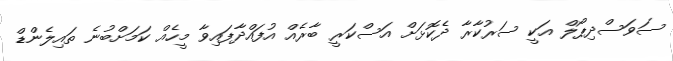
ސަވަސްދިޕޯލް އަކީ ސަރުކާރާ ދެކޮޅަށް އަސްކަރީ ބާރެއް އުފައްދާފައިވާ މީހެއް ކަމަށްބުނެ ތައިލެންޑް